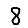
Digit: 8